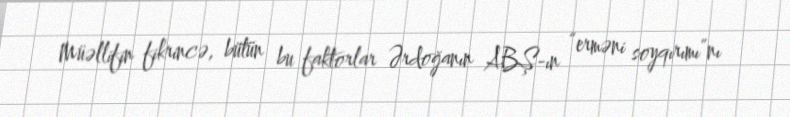
Müəllifin fikrincə, bütün bu faktorlar Ərdoğanın ABŞ-ın “erməni soyqırımı”nı